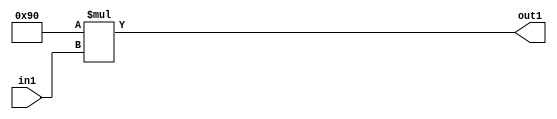
`timescale 1ps / 1ps
/*****************************************************************************
    Verilog RTL Description
    
    
    Created by: Stratus DpOpt 2019.1.01 
*******************************************************************************/

module ColorTransform_Mul2i144u8_1 (
	in1,
	out1
	); /* architecture "behavioural" */ 
input [7:0] in1;
output [15:0] out1;
wire [15:0] asc001;

assign asc001 = 
	+(16'B0000000010010000 * in1);

assign out1 = asc001;
endmodule

/* CADENCE  ubH3Qww= : u9/ySgnWtBlWxVPRXgAZ4Og= ** DO NOT EDIT THIS LINE ******/